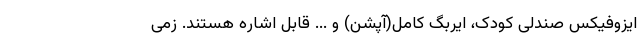
ایزوفیکس صندلی کودک، ایربگ کامل(آپشن) و ... قابل اشاره هستند. زمی